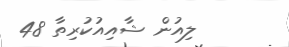
ލިއުން ޝާއިއުކުރިތާ 48